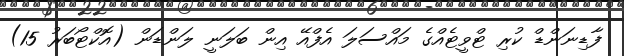
ފާޑިނަންޑް ކުރި ޓްވީޓެއްގެ މައްސަލަ އެފްއޭ އިން ބަލަނީ ލަންޑަން (އޮކްޓޯބަރު 15)